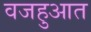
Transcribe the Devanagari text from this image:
वजहुआत